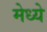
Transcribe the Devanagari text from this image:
मेध्ये